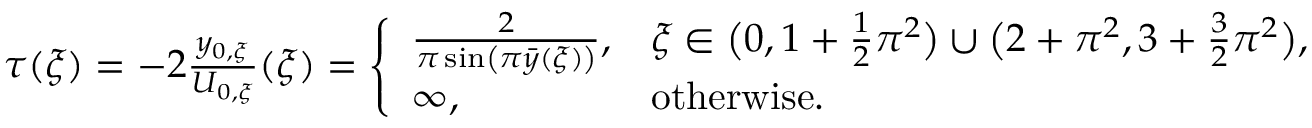
\begin{array} { r } { \tau ( \xi ) = - 2 \frac { y _ { 0 , \xi } } { U _ { 0 , \xi } } ( \xi ) = \left\{ \begin{array} { l l } { \frac { 2 } { \pi \sin \left( \pi \bar { y } ( \xi ) \right) } , } & { \xi \in \big ( 0 , 1 + \frac { 1 } { 2 } \pi ^ { 2 } \big ) \cup \big ( 2 + \pi ^ { 2 } , 3 + \frac { 3 } { 2 } \pi ^ { 2 } \big ) , } \\ { \infty , } & { \mathrm { o t h e r w i s e } . } \end{array} \right. } \end{array}